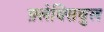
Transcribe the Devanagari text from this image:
फ़्लेक्सिबुल